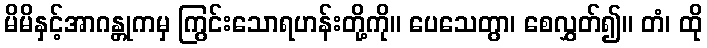
မိမိနှင့်အာဂန္တုကမှ ကြွင်းသောရဟန်းတို့ကို။ ပေသေတွာ၊ စေလွှတ်၍။ တံ၊ ထို